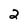
Character: 2